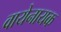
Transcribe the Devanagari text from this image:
वायेनायक